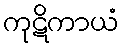
ကုဋိကာယံ